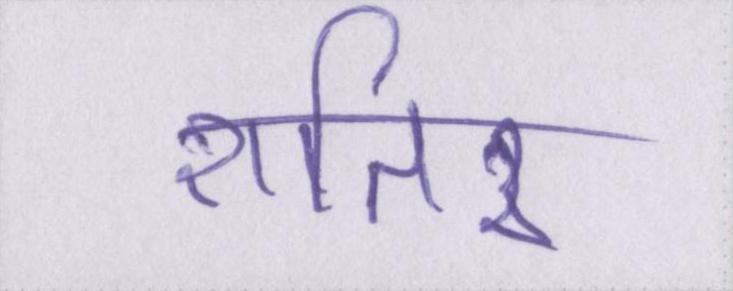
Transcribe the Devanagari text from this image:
शातिर